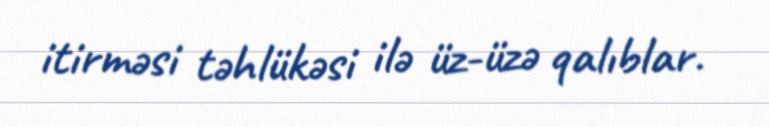
itirməsi təhlükəsi ilə üz-üzə qalıblar.